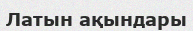
Латын ақындары